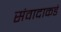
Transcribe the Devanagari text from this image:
संवादाकडे